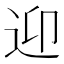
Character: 迎